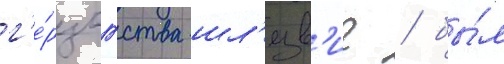
г'е́рцогства шл'езв'иг / бы́л